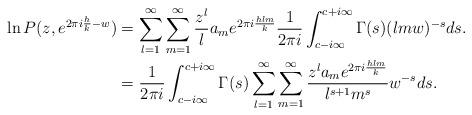
LaTeX: \begin{align*} \ln P(z,e^{2\pi i\frac{h}{k} -w}) &= \sum_{l=1}^\infty \sum_{m=1}^\infty \frac{z^l}{l} a_m e^{2\pi i \frac{hlm}{k}} \frac{1}{2\pi i} \int_{c-i\infty}^{c+i\infty} \Gamma(s) ( l m w)^{-s} ds. \\&=\frac{1}{2\pi i} \int_{c-i\infty}^{c+i\infty} \Gamma(s) \sum_{l=1}^\infty \sum_{m=1}^\infty \frac{z^l a_m e^{2\pi i \frac{hlm}{k}} }{l^{s+1}m^{s}} w^{-s} ds. \end{align*}